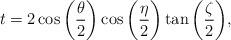
LaTeX: \begin{align*}t = 2 \cos\bigg(\frac {\theta} {2}\bigg) \cos\bigg( \frac {\eta} {2}\bigg) \tan\bigg( \frac {\zeta} {2}\bigg),\end{align*}